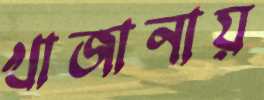
খাজানায়